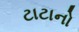
ટાટાનો